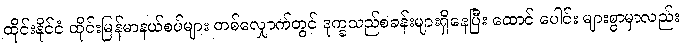
ထိုင်းနိုင်ငံ ထိုင်းမြန်မာနယ်စပ်များ တစ်လျှောက်တွင် ဒုက္ခသည်စခန်းများရှိနေပြီး ထောင် ပေါင်း များစွာမှာလည်း